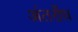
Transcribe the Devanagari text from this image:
अंतर्रोध